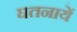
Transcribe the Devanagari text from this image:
घतनायें